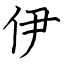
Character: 伊